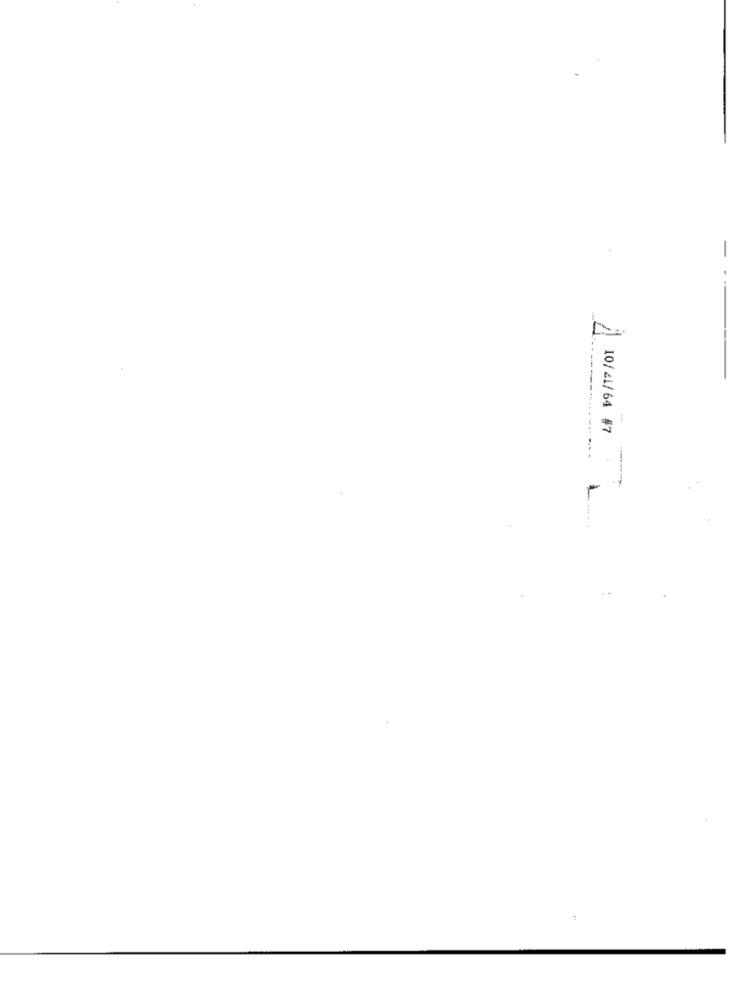
- --
10/21/64 #7
1